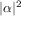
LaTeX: | \alpha | ^ { 2 }